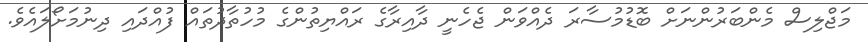
މަޖްލިސް މެންބަރުންނަށް ބޮޑުމުސާރަ ދެއްވަން ޖެހެނީ ދާއިރާގެ ރައްޔިތުންގެ މުހުތާދުތައް ފުއްދައި ދިނުމަށޯލައެވެ.